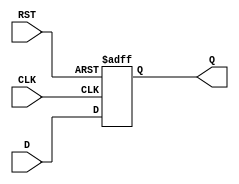
module d_flip_flop(
    input D,
    input CLK,
    input RST,
    output reg Q
);

always @(posedge CLK or posedge RST) begin
    if(RST) begin
        Q <= 1'b0; // Reset Q to 0
    end else begin
        Q <= D; // Transfer D to Q at rising edge of clock
    end
end

endmodule